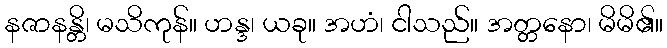
နဇာနန္တိ၊ မသိကုန်။ ဟန္ဒ၊ ယခု။ အဟံ၊ ငါသည်။ အတ္တနော၊ မိမိ၏။